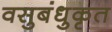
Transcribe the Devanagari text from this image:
वसुबंधुकृत